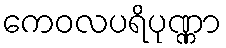
ကေဝလပရိပုဏ္ဏာ